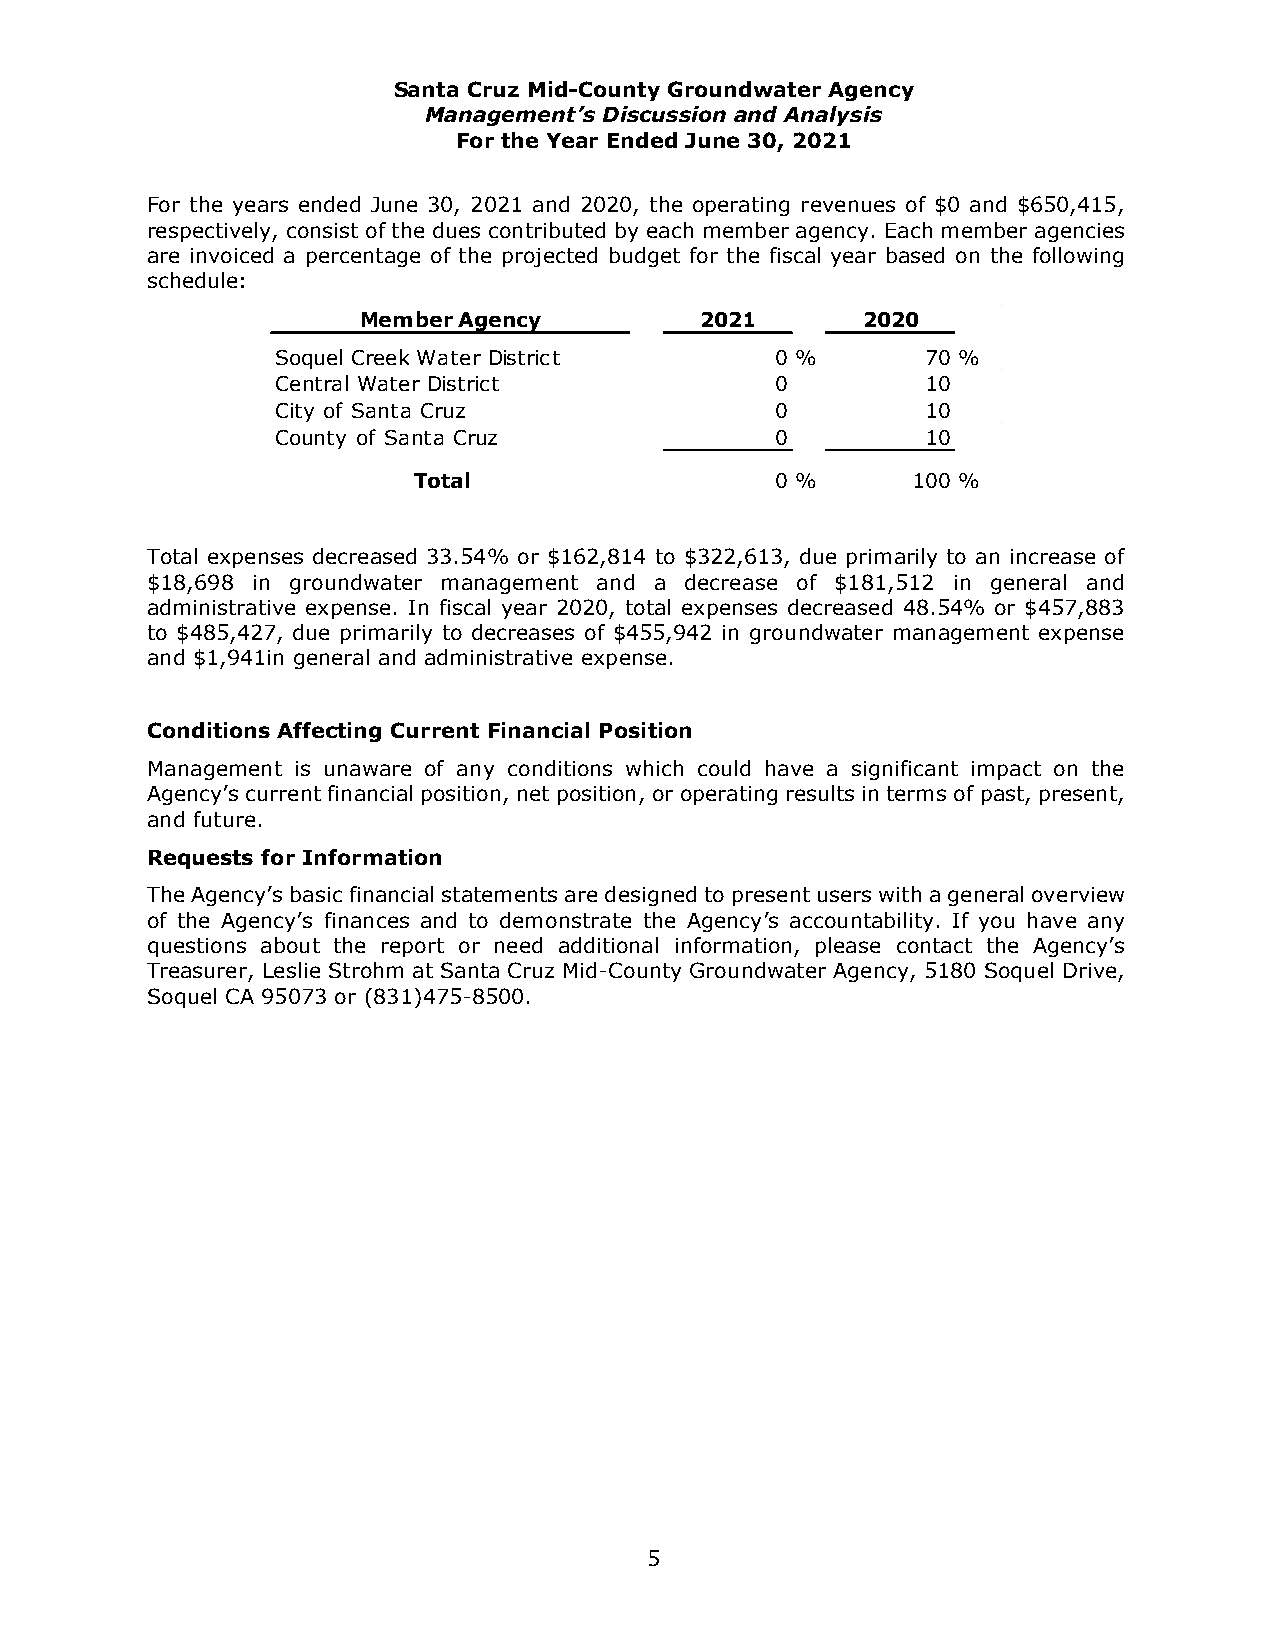
Santa Cruz Mid-County Groundwater Agency
 Management’s Discussion and Analysis
 For the Year Ended June 30, 2021
 For the years ended June 30, 2021 and 2020, the operating revenues of $0 and $650,415,
 respectively, consist of the dues contributed by each member agency. Each member agencies
 are invoiced a percentage of the projected budget for the fiscal year based on the following
 schedule:
 Member Agency         2021       2020
 Soquel Creek Water District      0 %       70 %
 Central Water District           0         10
 City of Santa Cruz               0         10
 County of Santa Cruz             0         10
 Total                   0 %      100 %
 Total expenses decreased 33.54% or $162,814 to $322,613, due primarily to an increase of
 $18,698 in groundwater management and a decrease of $181,512 in general and
 administrative expense. In fiscal year 2020, total expenses decreased 48.54% or $457,883
 to $485,427, due primarily to decreases of $455,942 in groundwater management expense
 and $1,941in general and administrative expense.
 Conditions Affecting Current Financial Position
 Management is unaware of any conditions which could have a significant impact on the
 Agency’s current financial position, net position, or operating results in terms of past, present,
 and future.
 Requests for Information
 The Agency’s basic financial statements are designed to present users with a general overview
 of the Agency’s finances and to demonstrate the Agency’s accountability. If you have any
 questions about the report or need additional information, please contact the Agency’s
 Treasurer, Leslie Strohm at Santa Cruz Mid-County Groundwater Agency, 5180 Soquel Drive,
 Soquel CA 95073 or (831)475-8500.
 5